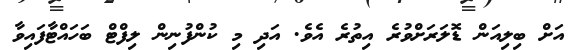
އަށް ބިލިއަން ޑޮލަރަށްވުރެ އިތުރެ އެވެ. އަދި މި ކުންފުނިން ލިފްޓް ބަހައްޓާފައިވާ